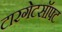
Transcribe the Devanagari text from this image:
टारगेटसॉफ्ट